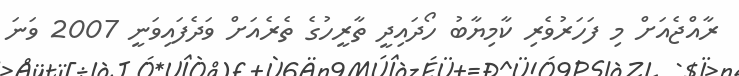
ރާއްޖެއަށް މި ފަހަރުވެރި ކާމިޔާބު ހޯދައިދީ ތާރީހުގެ ތެރެއަށް ވަދެފައިވަނީ 2007 ވަނަ